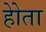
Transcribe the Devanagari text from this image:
होेता